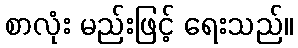
စာလုံး မည်းဖြင့် ရေးသည်။